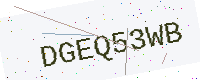
Text: DGEQ53WB